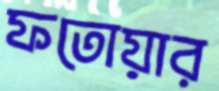
ফতোয়ার